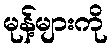
မုန့်များကို